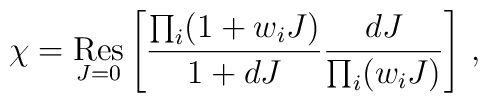
\chi= \mathop{{\rm Res}}_{J=0}\left[\frac{\prod_i(1+w_i J)}{1+d J}\frac{d J}{\prod_i(w_i J)}\right] \,,